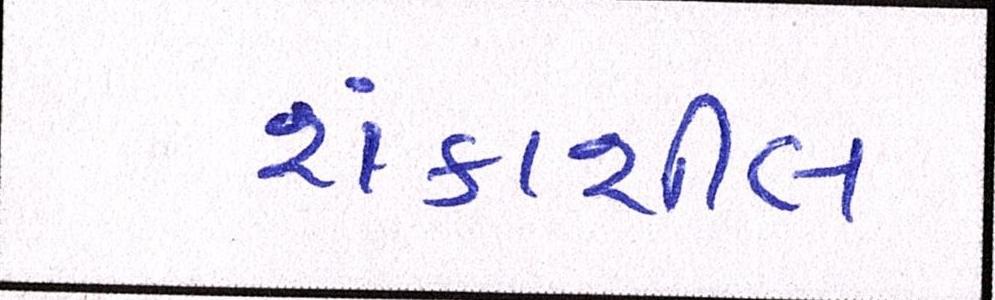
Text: શંકાશીલ